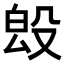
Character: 𣪕